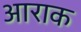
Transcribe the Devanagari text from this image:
आराक